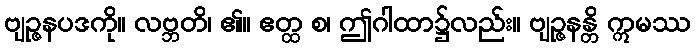
ဗျဉ္ဇနပဒကို။ လဗ္ဘတိ၊ ၏။ ဧတ္ထ စ၊ ဤဂါထာ၌လည်း။ ဗျဉ္ဇနန္တိ ဣမဿ